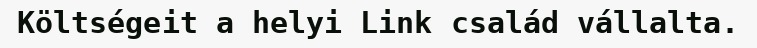
Költségeit a helyi Link család vállalta.